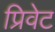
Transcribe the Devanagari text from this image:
प्रिवेट